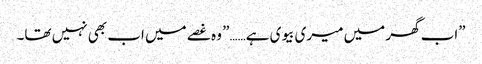
”اب گھر میں میری بیوی ہے……” وہ غصے میں اب بھی نہیں تھا۔